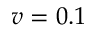
v = 0 . 1